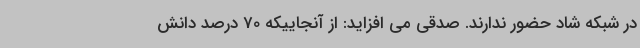
در شبکه شاد حضور ندارند. صدقی می افزاید: از آنجاییکه 70 درصد دانش